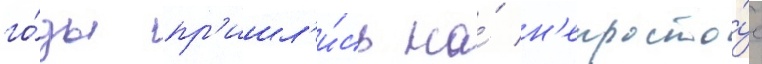
го́ды пр'ишл'и́сь на́ н'епросто́е